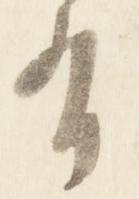
有